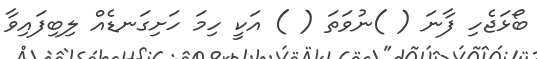
ބޯޅަޖެހި ފާނަ ( )ނުވަތަ ( ) އަކީ ހިމަ ހަށިގަނޑެއް ލިބިފައިވާ